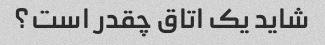
شاید یک اتاق چقدر است؟